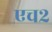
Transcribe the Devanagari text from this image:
एच२